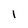
Character: I